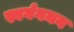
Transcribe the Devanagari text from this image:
स्वर्गगमन